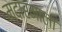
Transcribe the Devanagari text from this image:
मदारमाला